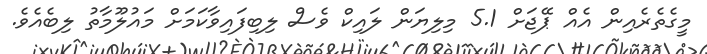
މީގެތެރެއިން އެއް ޕޭޖަށް 5.1 މިލިޔަން ލައިކް ވެސް ލިބިފައިވާކަމަށް މައުލޫމާތު ލިބެއެވެ.